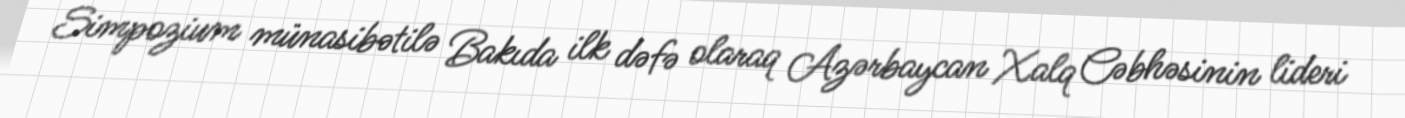
Simpozium münasibətilə Bakıda ilk dəfə olaraq Azərbaycan Xalq Cəbhəsinin lideri